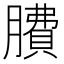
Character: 𦠻